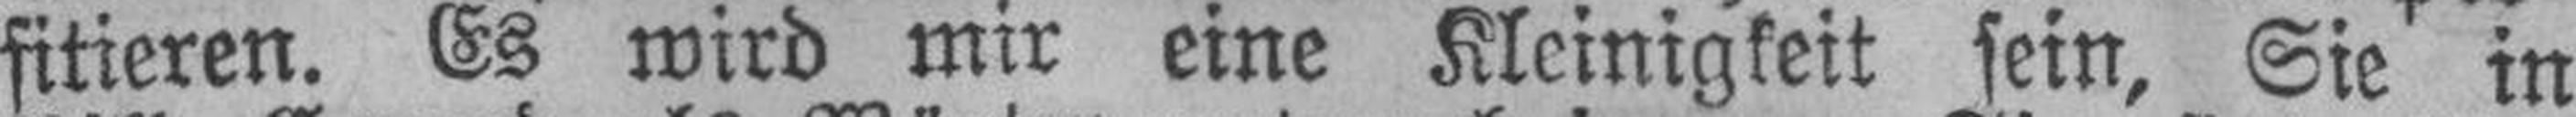
fitieren. Es wird mir eine Kleinigkeit sein, Sie in